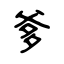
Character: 爹